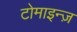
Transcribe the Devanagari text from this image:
टोमाइन्ज़